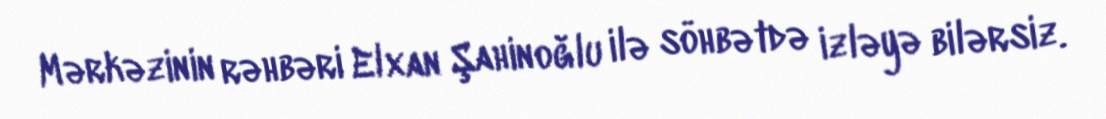
Mərkəzinin rəhbəri Elxan Şahinoğlu ilə söhbətdə izləyə bilərsiz.